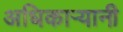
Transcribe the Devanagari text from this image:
अधिकाऱ्यानी